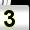
Digit: 3